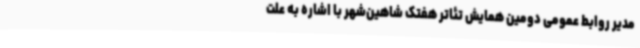
مدیر روابط عمومی دومین همایش تئاتر هفتک شاهین‌شهر با اشاره به علت